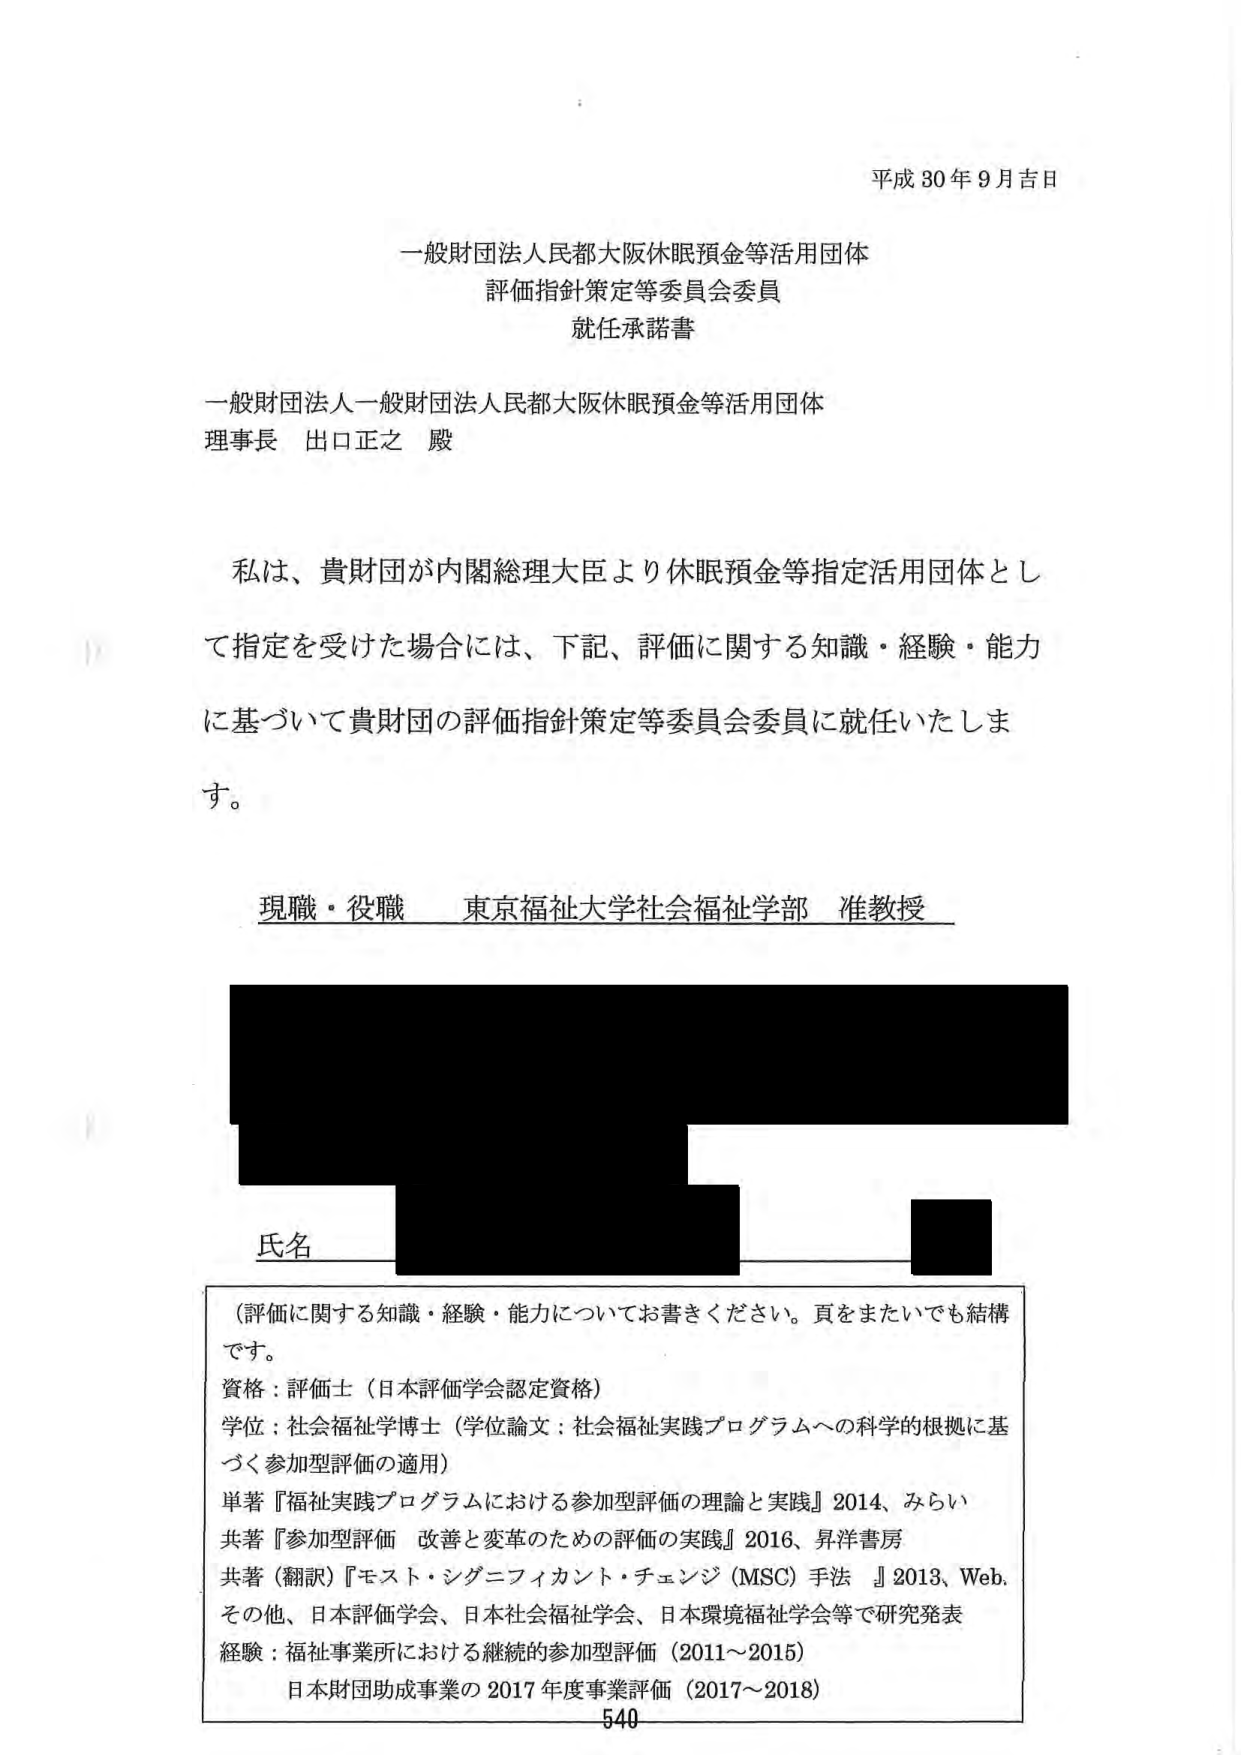
平成30年9月吉日

一般財団法人民都大阪休眠預金等活用団体
評価指針策定等委員会委員
就任承諾書

一般財団法人一般財団法人民都大阪休眠預金等活用団体
理事長 出口正之 殿

私は、貴財団が内閣総理大臣より休眠預金等指定活用団体とし
て指定を受けた場合には、下記、評価に関する知識・経験・能力
に基づいて貴財団の評価指針策定等委員会委員に就任いたしま
す。

現職・役職 東京福祉大学社会福祉学部 准教授

氏名

（評価に関する知識・経験・能力についてお書きください。頁をまたいでも結構
です。
資格：評価士（日本評価学会認定資格）
学位：社会福祉学博士（学位論文：社会福祉実践プログラムへの科学的根拠に基づく参加型評価の適用）
単著『福祉実践プログラムにおける参加型評価の理論と実践』2014、みらい
共著『参加型評価 改善と変革のための評価の実践』2016、昇洋書房
共著（翻訳）『モスト・シグニフィカント・チェンジ（MSC）手法』2013、Web.
その他、日本評価学会、日本社会福祉学会、日本環境福祉学会等で研究発表
経験：福祉事業所における継続的参加型評価（2011～2015）
日本財団助成事業の2017年度事業評価（2017～2018）

540